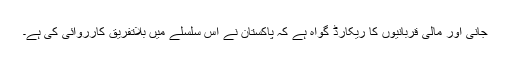
جانی اور مالی قربانیوں کا ریکارڈ گواہ ہے کہ پاکستان نے اِس سلسلے میں بلاتفریق کارروائی کی ہے۔